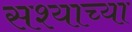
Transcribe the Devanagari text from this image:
सश्याच्या